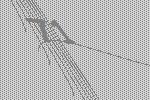
71